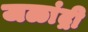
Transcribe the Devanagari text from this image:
जळांद्री